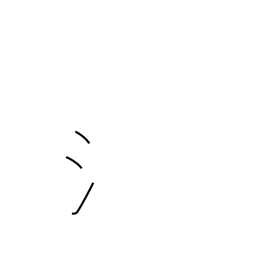
Meaning: water radical (no. 85)